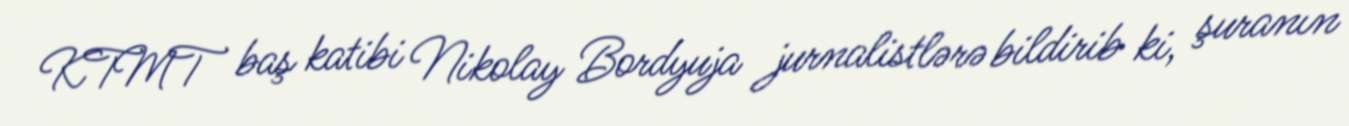
KTMT baş katibi Nikolay Bordyuja jurnalistlərə bildirib ki, şuranın